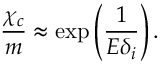
\frac { \chi _ { c } } { m } \approx \exp \left( \frac { 1 } { E \delta _ { i } } \right) .